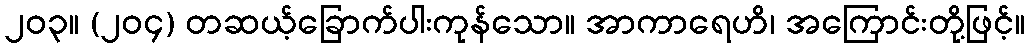
၂၀၃။ (၂၀၄) တဆယ့်ခြောက်ပါးကုန်သော။ အာကာရေဟိ၊ အကြောင်းတို့ဖြင့်။